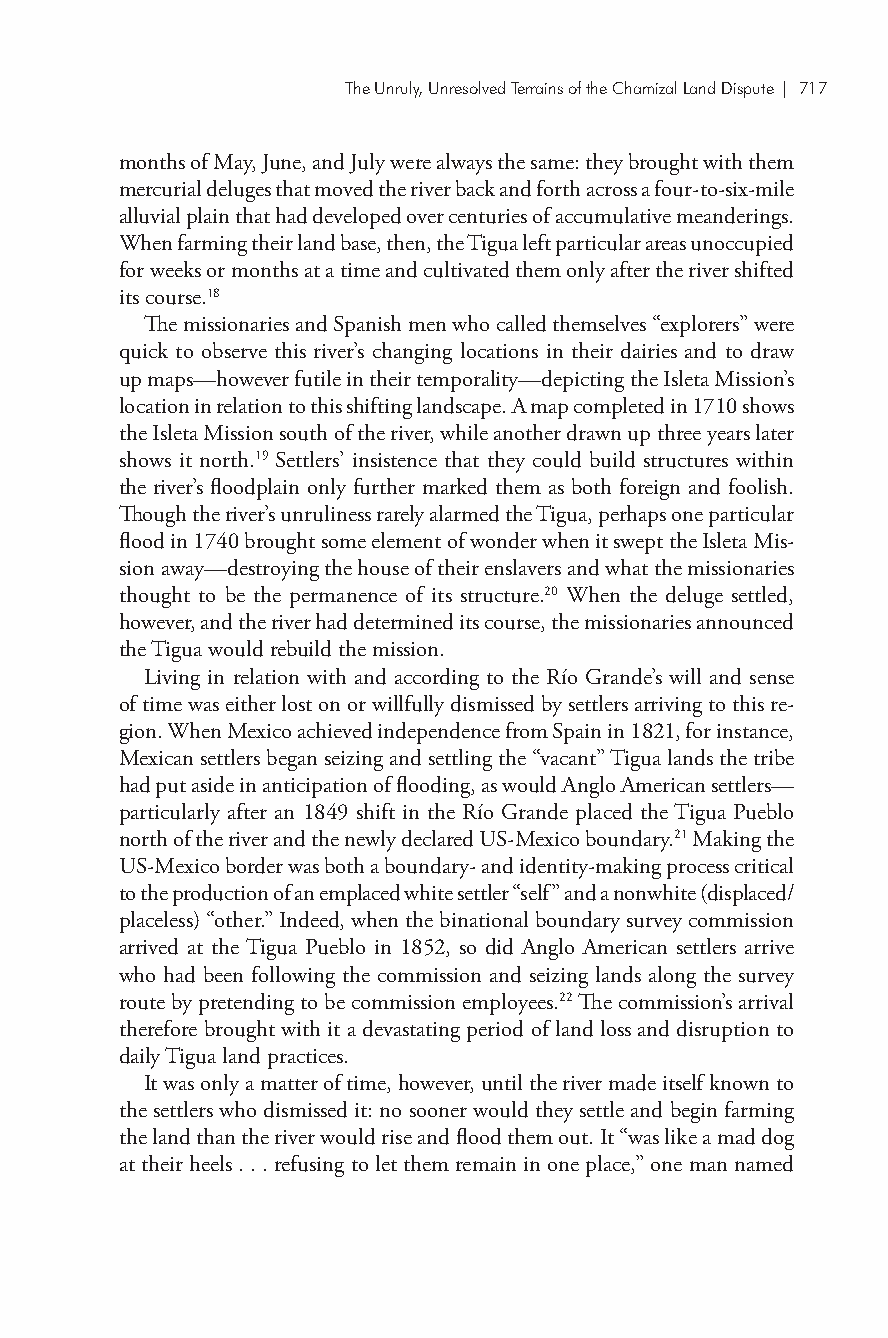
The Unruly, Unresolved Terrains of the Chamizal Land Dispute| 717
 months of May, June, and July were always the same: they brought with them
 mercurial deluges that moved the river back and forth across a four-to-six-mile
 alluvial plain that had developed over centuries of accumulative meanderings.
 When farming their land base, then, the Tigua left particular areas unoccupied
 for weeks or months at a time and cultivated them only after the river shifted
 its course.18
 The missionaries and Spanish men who called themselves “explorers” were
 quick to observe this river’s changing locations in their dairies and to draw
 up maps—however futile in their temporality—depicting the Isleta Mission’s
 location in relation to this shifting landscape. A map completed in 1710 shows
 the Isleta Mission south of the river, while another drawn up three years later
 shows it north.19 Settlers’ insistence that they could build structures within
 the river’s floodplain only further marked them as both foreign and foolish.
 Though the river’s unruliness rarely alarmed the Tigua, perhaps one particular
 flood in 1740 brought some element of wonder when it swept the Isleta Mis-
 sion away—destroying the house of their enslavers and what the missionaries
 thought to be the permanence of its structure.20 When the deluge settled,
 however, and the river had determined its course, the missionaries announced
 the Tigua would rebuild the mission.
 Living in relation with and according to the Río Grande’s will and sense
 of time was either lost on or willfully dismissed by settlers arriving to this re-
 gion. When Mexico achieved independence from Spain in 1821, for instance,
 Mexican settlers began seizing and settling the “vacant” Tigua lands the tribe
 had put aside in anticipation of flooding, as would Anglo American settlers—
 particularly after an 1849 shift in the Río Grande placed the Tigua Pueblo
 north of the river and the newly declared US-Mexico boundary.21 Making the
 US-Mexico border was both a boundary- and identity-making process critical
 to the production of an emplaced white settler “self” and a nonwhite (displaced/
 placeless) “other.” Indeed, when the binational boundary survey commission
 arrived at the Tigua Pueblo in 1852, so did Anglo American settlers arrive
 who had been following the commission and seizing lands along the survey
 route by pretending to be commission employees.22 The commission’s arrival
 therefore brought with it a devastating period of land loss and disruption to
 daily Tigua land practices.
 It was only a matter of time, however, until the river made itself known to
 the settlers who dismissed it: no sooner would they settle and begin farming
 the land than the river would rise and flood them out. It “was like a mad dog
 at their heels . . . refusing to let them remain in one place,” one man named